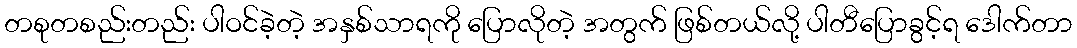
တစုတစည်းတည်း ပါဝင်ခဲ့တဲ့ အနှစ်သာရကို ပြောလိုတဲ့ အတွက် ဖြစ်တယ်လို့ ပါတီပြောခွင့်ရ ဒေါက်တာ